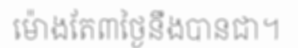
ម៉ោងតែ៣ថ្ងៃនឹងបានជា។